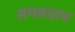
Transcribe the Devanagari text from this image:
सगळय़ाच